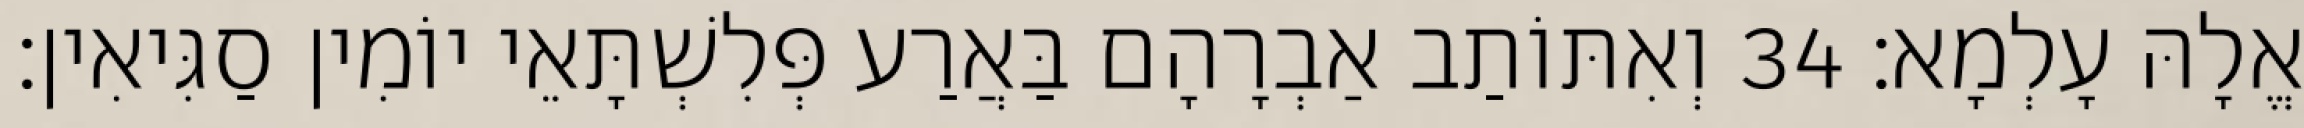
אֱלָהּ עָלְמָא׃ 34 וְאִתּוֹתַב אַבְרָהָם בַּאֲרַע פְּלִשְׁתָּאֵי יוֹמִין סַגִּיאִין׃